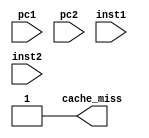
module inst_cache(pc1,pc2,inst1,inst2,cache_miss);
	input [31:0] pc1,pc2;
	input [31:0] inst1,inst2;
	output cache_miss;
	wire [31:0] rom [0:255];

	assign rom[8'h00]=32'h00000820;	
	assign rom[8'h01]=32'hC4200000;
	assign rom[8'h02]=32'hC4210050;
	assign rom[8'h03]=32'hc4220054;
	assign rom[8'h04]=32'hC4230058;
	assign rom[8'h05]=32'hC424005C;
	assign rom[8'h06]=32'h46002100;
	assign rom[8'h07]=32'h460418c1;
    assign rom[8'h08]=32'h46022082;
    assign rom[8'h09]=32'h46040842;
    assign rom[8'h0A]=32'hE4210070;
    assign rom[8'h0B]=32'hE4220074;
	assign rom[8'h0C]=32'hE4230078;
	assign rom[8'h0D]=32'hE424007C;
	assign rom[8'h0E]=32'h20020004;
	assign rom[8'h0F]=32'hC4230000;
	assign rom[8'h10]=32'hC4210050;
	assign rom[8'h11]=32'h46030840;
	assign rom[8'h12]=32'h46030841;
	assign rom[8'h13]=32'hE4210030;
	assign rom[8'h14]=32'hC4050004;
	assign rom[8'h15]=32'hC4060008;
	assign rom[8'h16]=32'hC408000C;
	assign rom[8'h17]=32'h460629C3;
    assign rom[8'h18]=32'h46004244;
    assign rom[8'h19]=32'h46004A84;
	assign rom[8'h1A]=32'h2042FFFF;
	assign rom[8'h1B]=32'h1440FFF3;
	assign rom[8'h1C]=32'h20210004;
	assign rom[8'h1D]=32'h3C010000;
	assign rom[8'h1E]=32'h34240050;	
	assign rom[8'h1F]=32'h0c000038;
	assign rom[8'h20]=32'h20050004;
	assign rom[8'h21]=32'hac820000;
	assign rom[8'h22]=32'h8c890000;
	assign rom[8'h23]=32'h01244022;
	assign rom[8'h24]=32'h20050003;
	assign rom[8'h25]=32'h20a5ffff;
	assign rom[8'h26]=32'h34a8ffff;
	assign rom[8'h27]=32'h39085555;
	assign rom[8'h28]=32'h2009ffff;
	assign rom[8'h29]=32'h312affff;
	assign rom[8'h2A]=32'h01493025;
	assign rom[8'h2B]=32'h01494026;
	assign rom[8'h2C]=32'h01463824;
	assign rom[8'h2D]=32'h10a00003;
	assign rom[8'h2E]=32'h00000000;
	assign rom[8'h2F]=32'h08000025;
	assign rom[8'h30]=32'h00000000;
    assign rom[8'h31]=32'h2005ffff;
    assign rom[8'h32]=32'h000543C0;
    assign rom[8'h33]=32'h00084400;
    assign rom[8'h34]=32'h00084403;
    assign rom[8'h35]=32'h000843c2;
    assign rom[8'h36]=32'h08000036;
    assign rom[8'h37]=32'h00000000;
    assign rom[8'h38]=32'h00004020;
    assign rom[8'h39]=32'h8c890000;
    assign rom[8'h3A]=32'h01094020;
    assign rom[8'h3B]=32'h20a5ffff;
    assign rom[8'h3C]=32'h14a0fffc;
    assign rom[8'h3D]=32'h20840004;
    assign rom[8'h3E]=32'h03e00008;
    assign rom[8'h3F]=32'h00081000;
	assign inst1=rom[pc1[9:2]];
    assign inst2=rom[pc2[9:2]];
    assign cache_miss=1'b1;
endmodule